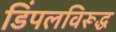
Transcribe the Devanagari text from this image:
डिंपलविरूद्ध